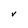
Character: V